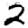
Digit: 2